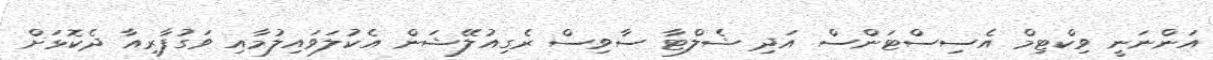
އަންނަނީ ވިކްޓިމް އެސިސްޓަންސް އަދި ޝެލްޓާ ސާވިސް ރެގިއުލޭޝަން އެކުލަވައިލުމާއި ވަގުފާރިއާ ދެކޮޅަށް